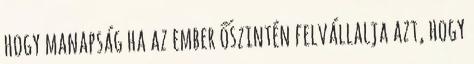
hogy manapság ha az ember őszintén felvállalja azt, hogy